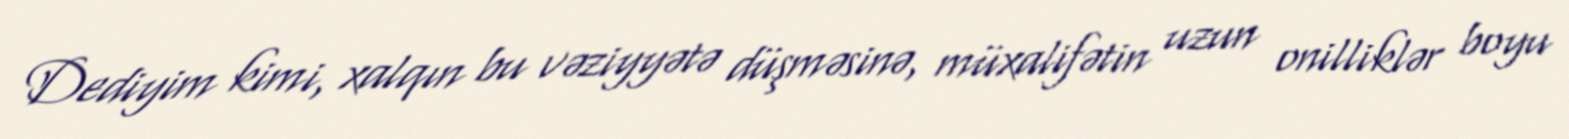
Dediyim kimi, xalqın bu vəziyyətə düşməsinə, müxalifətin uzun onilliklər boyu